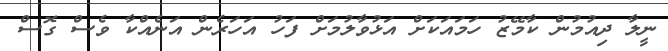
ނީލާ ދިއުމުން ކާމޭޒު ހަމައަކަށް އަޅުވާލުމަށް ފަހު އަހަރެން އަނެއްކާ ވެސް ގޮސް